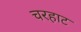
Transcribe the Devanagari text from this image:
चरहाट